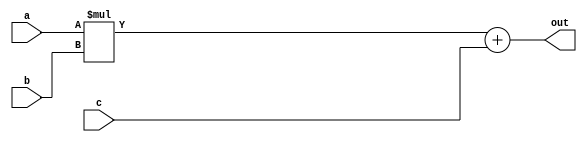
// This program was cloned from: https://github.com/uwsampl/lakeroad-evaluation
// License: MIT License

// Module used to test the Lakeroad pass in Yosys. 
// See python/yosys_experiments.py.
module test_mul_add16(input [15:0] a, input [15:0] b, input [15:0] c, output [15:0] out);
  assign out = (a*b)+c;
endmodule